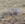
التي